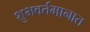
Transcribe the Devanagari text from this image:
शुभवर्तमानात